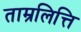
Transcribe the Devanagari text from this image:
ताम्रलित्ति